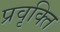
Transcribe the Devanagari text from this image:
प्रवृक्ति